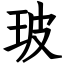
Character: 玻